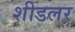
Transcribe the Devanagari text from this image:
शीडलर